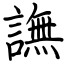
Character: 譕